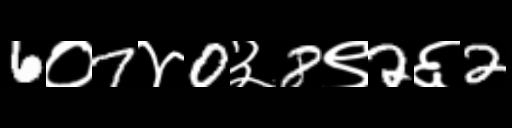
Text: 6०7४0३8९2६2